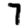
Digit: 7